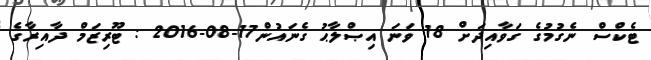
ޓެކްސް ނެގުމުގެ ގަވާއިދަށް 18 ވަނަ އިޞްލާޙު ގެނައުން17-08-2016 : ޓޫރިޒަމް ދާއިރާގެ